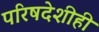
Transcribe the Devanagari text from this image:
परिषदेशीही